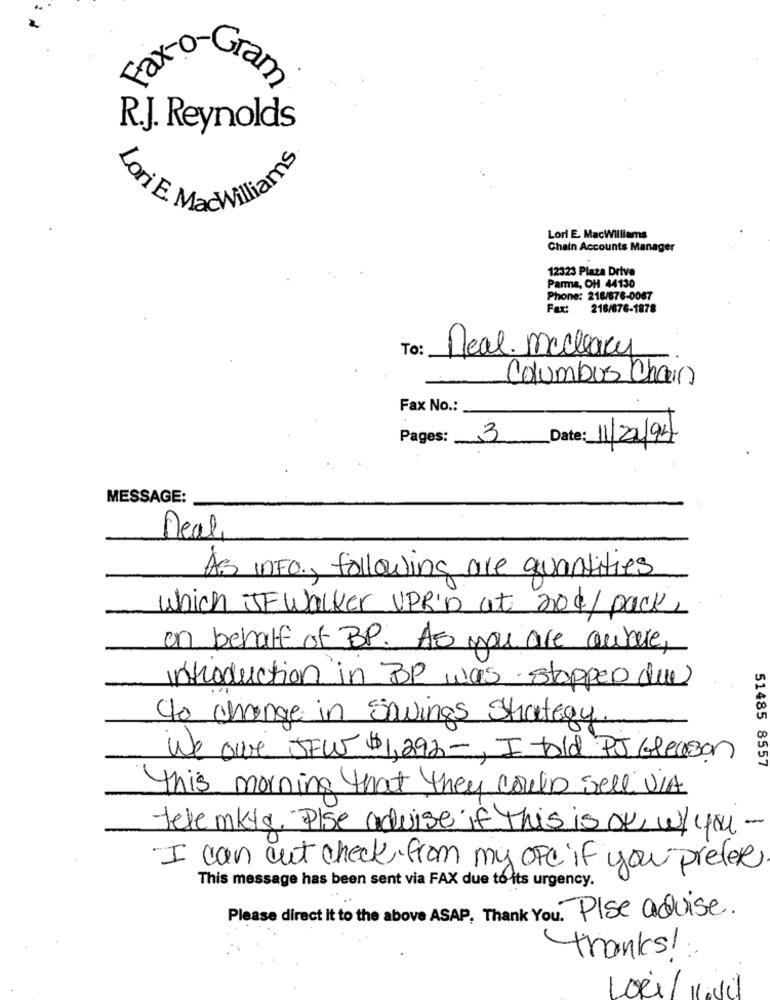
Fax-o
Gram
R.J. Reynolds
ForT E MadWiliams
Lori E. MacWilliams
Chain Accounts Manager
12323 Plaza Drive
Parma, OH 44130
Phone: 218/676-0067
216/876-1878
To:
Deal. mecleary
Columbus Chain
Fax No .:
Pages:
3
Date: 11/22/94
MESSAGE:
Deal,
As INFO ., following are quantities
which IF Walker UPR'D at not/ pack,
on behalf of BP. As you are acture,
introduction in BP was stopped due
to change in savings Strategy.
We owe JFW $1,292 -, I told PJ Gleason
51485 8557
this morning that they could sell ViA
tele mktg. Plse advise if This is ok, w/ you
I can cut check from my ofe if you prefer
This message has been sent via FAX due to its urgency.
Please direct it to the above ASAP, Thank You. Plse advise.
thanks !:
LoRi / Hall